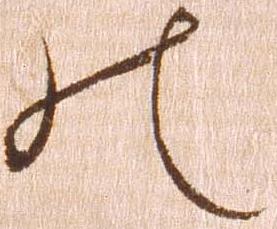
の